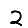
Digit: 2